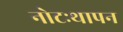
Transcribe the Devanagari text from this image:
नोटःथापन